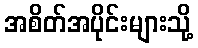
အစိတ်အပိုင်းများသို့